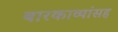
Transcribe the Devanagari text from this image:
बारकाव्यांसह